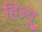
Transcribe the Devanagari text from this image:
हिब्र्यू